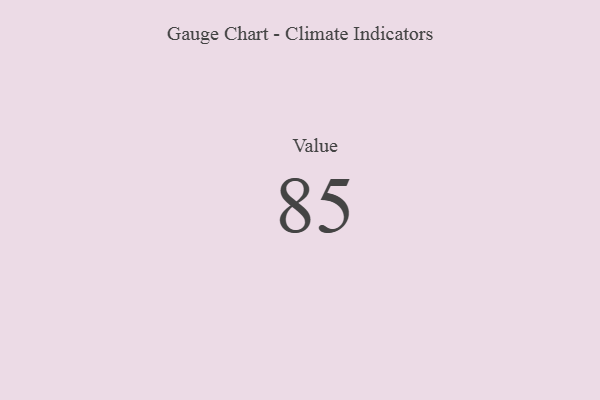
{"axis": {"x": "Metric", "y": "Value"}, "legend": [""], "data": [{"x": "Value", "y": 85, "type": ""}]}